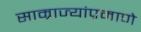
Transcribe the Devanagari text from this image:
साम्राज्यांप्रमाणे